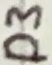
Text: D3